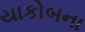
યાકોબના